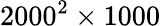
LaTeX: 2000^{2}\times 1000